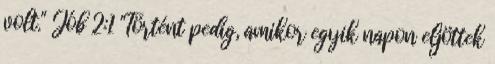
volt." Jób 2:1 "Történt pedig, amikor egyik napon eljöttek